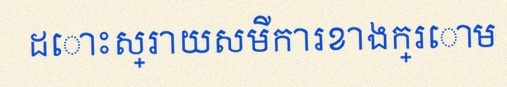
ដោះស្រាយសមីការខាងក្រោម